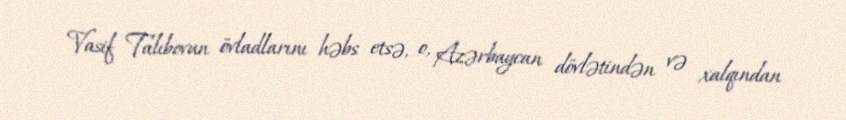
Vasif Talıbovun övladlarını həbs etsə, o, Azərbaycan dövlətindən və xalqından